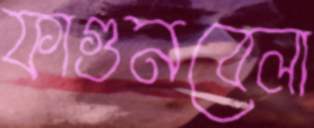
ফাগুনবেলা